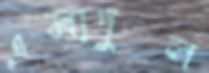
এমাদুল